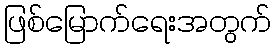
ဖြစ်မြောက်ရေးအတွက်